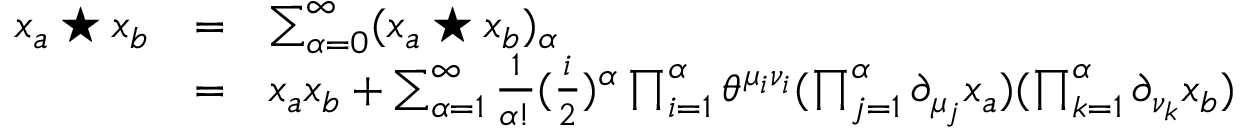
\begin{array} { l c l } { { x _ { a } \star x _ { b } } } & { { = } } & { { \sum _ { \alpha = 0 } ^ { \infty } ( x _ { a } \star x _ { b } ) _ { \alpha } } } \\ { { } } & { { = } } & { { x _ { a } x _ { b } + \sum _ { { \alpha } = 1 } ^ { \infty } \frac { 1 } { \alpha ! } ( \frac { i } { 2 } ) ^ { \alpha } \prod _ { i = 1 } ^ { \alpha } \theta ^ { \mu _ { i } \nu _ { i } } ( \prod _ { j = 1 } ^ { \alpha } \partial _ { \mu _ { j } } x _ { a } ) ( \prod _ { k = 1 } ^ { \alpha } \partial _ { \nu _ { k } } x _ { b } ) } } \end{array}